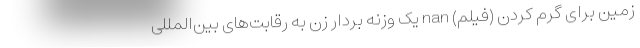
زمین برای گرم کردن (فیلم) nan یک وزنه بردار زن به رقابت‌های بین‌المللی